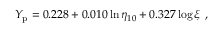
Y _ { \mathrm { p } } = 0 . 2 2 8 + 0 . 0 1 0 \ln \eta _ { 1 0 } + 0 . 3 2 7 \log \xi \ ,